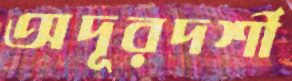
অদূরদর্শী